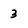
Character: 3